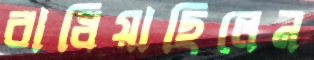
বাধিয়াছিলেন